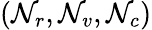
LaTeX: (\mathcal{N}_{r},\mathcal{N}_{v},\mathcal{N}_{c})